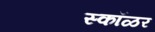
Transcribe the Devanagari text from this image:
स्कॉळर